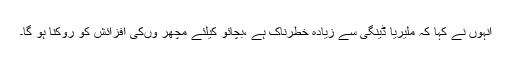
انہوں نے کہا کہ ملیریا ڈینگی سے زیادہ خطرناک ہے ،بچائو کیلئے مچھر وںکی افزائش کو روکنا ہو گا۔